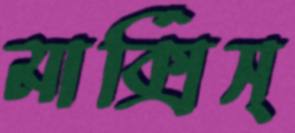
মার্ক্সিস্